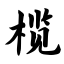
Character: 榄